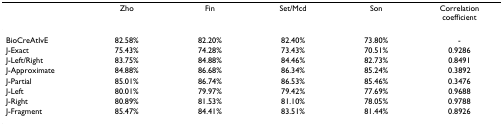
<table><thead><tr><td></td><td><b>Zho</b></td><td><b>Fin</b></td><td><b>Set/Mcd</b></td><td><b>Son</b></td><td><b>Correlation coefficient</b></td></tr></thead><tbody><tr><td>BioCreAtIvE</td><td>82.58%</td><td>82.20%</td><td>82.40%</td><td>73.80%</td><td>-</td></tr><tr><td>J-Exact</td><td>75.43%</td><td>74.28%</td><td>73.43%</td><td>70.51%</td><td>0.9286</td></tr><tr><td>J-Left/Right</td><td>83.75%</td><td>84.88%</td><td>84.46%</td><td>82.73%</td><td>0.8491</td></tr><tr><td>J-Approximate</td><td>84.88%</td><td>86.68%</td><td>86.34%</td><td>85.24%</td><td>0.3892</td></tr><tr><td>J-Partial</td><td>85.01%</td><td>86.74%</td><td>86.53%</td><td>85.46%</td><td>0.3476</td></tr><tr><td>J-Left</td><td>80.01%</td><td>79.97%</td><td>79.42%</td><td>77.69%</td><td>0.9688</td></tr><tr><td>J-Right</td><td>80.89%</td><td>81.53%</td><td>81.10%</td><td>78.05%</td><td>0.9788</td></tr><tr><td>J-Fragment</td><td>85.47%</td><td>84.41%</td><td>83.51%</td><td>81.44%</td><td>0.8926</td></tr></tbody></table>